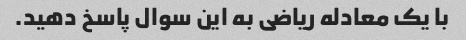
با یک معادله ریاضی به این سوال پاسخ دهید.